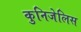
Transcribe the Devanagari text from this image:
कुनिजेलिस